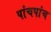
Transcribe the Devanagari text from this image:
पांचपांच